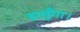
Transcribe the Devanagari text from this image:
डालूँगा।